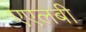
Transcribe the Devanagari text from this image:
एएलबी